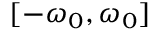
[ - \omega _ { 0 } , \omega _ { 0 } ]